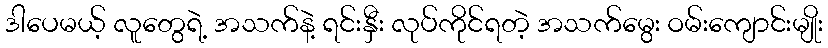
ဒါပေမယ့် လူတွေရဲ့ အသက်နဲ့ ရင်းနှီး လုပ်ကိုင်ရတဲ့ အသက်မွေး ဝမ်းကျောင်းမျိုး